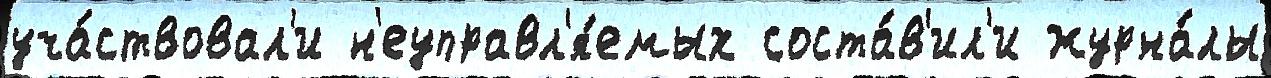
уча́ствовал'и н'еуправл'я́емых соста́в'ил'и журна́лы